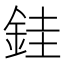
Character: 銈